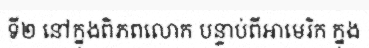
ទី២ នៅក្នុងពិភពលោក បន្ទាប់ពីអាមេរិក ក្នុង